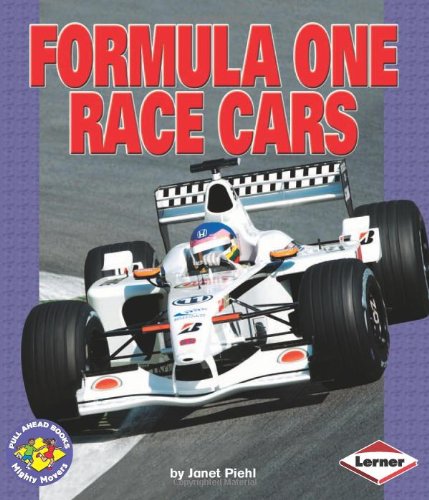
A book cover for Formula One Race Cars (Pull Ahead Books); Janet Piehl; Children's Books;